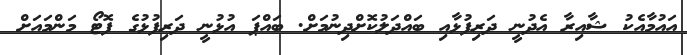
އައުމާއެކު ޝާއިރާ އެދުނީ ދަރިފުޅާއި ބައްދަލުކޮށްދިނުމަށް. ބައްޕަ އުޅުނީ ދަރިފުޅުގެ ފޮޓޯ މަންމައަށް